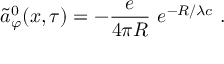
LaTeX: \tilde { a } _ { \varphi } ^ { 0 } ( x , \tau ) = - \frac { e } { 4 \pi R } \ e ^ { - R / \lambda c } \ .